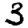
Digit: 3